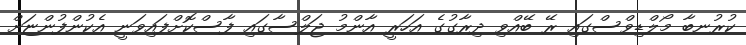
ކުރުނބާ މޯލްޑިވްސްގައި ރޭ ބޭއްވި ދިރާގުގެ އަހަރީ އާންމު ޖަލްސާގައި ފާސްކޮށްފައިވަނީ އެކުންފުންޏަށް